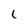
Character: C